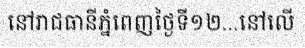
នៅរាជធានីភ្នំពេញថ្ងៃទី១២...នៅលើ